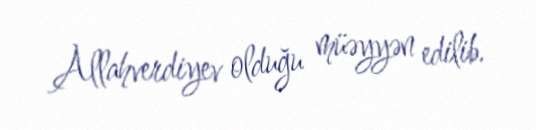
Allahverdiyev olduğu müəyyən edilib.